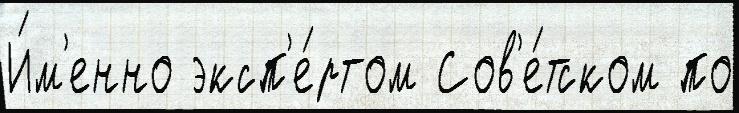
И́м'енно эксп'е́ртом Сов'е́тском по